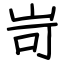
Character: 岢